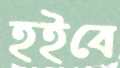
হইবে